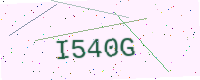
Text: I540G